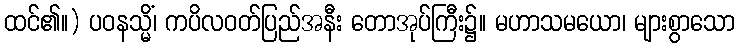
ထင်၏။) ပဝနသ္မိံ၊ ကပိလဝတ်ပြည်အနီး တောအုပ်ကြီး၌။ မဟာသမယော၊ များစွာသော